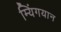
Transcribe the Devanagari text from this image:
म्यिंगयान